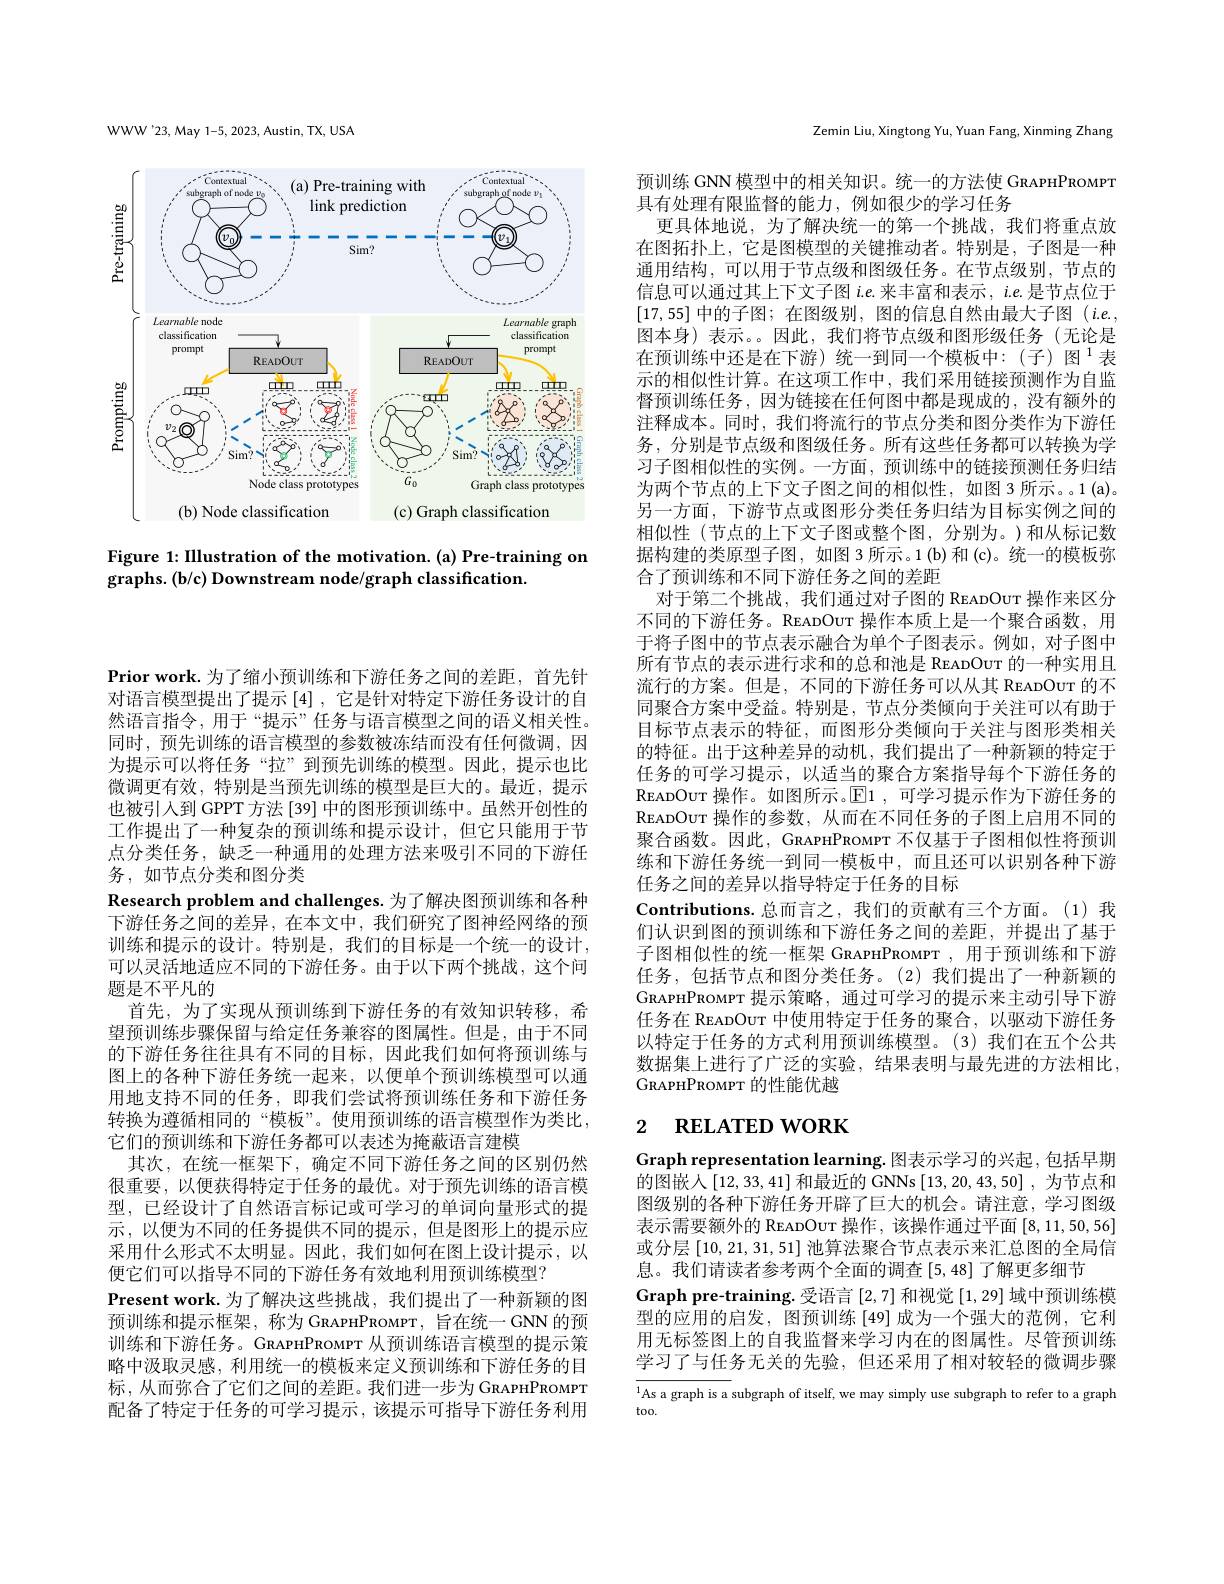
Prior work.为了缩小预训练和下游任务之间的差距，首先针对语言模型提出了提示[4],它是针对特定下游任务设计的自然语言指令，用于“提示”任务与语言模型之间的语义相关性。同时，预先训练的语言模型的参数被冻结而没有任何微调，因为提示可以将任务“拉”到预先训练的模型。因此，提示也比微调更有效，特别是当预先训练的模型是巨大的。最近，提示也被引人到 GPPT 方法 [39] 中的图形预训练中。虽然开创性的工作提出了一种复杂的预训练和提示设计，但它只能用于节点分类任务，缺乏一种通用的处理方法来吸引不同的下游任务，如节点分类和图分类
Research problem and challenges. 为了解决图预训练和各种下游任务之间的差异，在本文中，我们研究了图神经网络的预训练和提示的设计。特别是，我们的目标是一个统一的设计， 可以灵活地适应不同的下游任务。由于以下两个挑战，这个间题是不平凡的
首先，为了实现从预训练到下游任务的有效知识转移，希望预训练步骤保留与给定任务兼容的图属性。但是，由于不同的下游任务往往具有不同的目标，因此我们如何将预训练与图上的各种下游任务统一起来，以便单个预训练模型可以通用地支持不同的任务，即我们尝试将预训练任务和下游任务转换为遵循相同的“模板”。使用预训练的语言模型作为类比， 它们的预训练和下游任务都可以表述为掩蔽语言建模
其次，在统一框架下，确定不同下游任务之间的区别仍然很重要，以便获得特定于任务的最优。对于预先训练的语言模型，已经设计了自然语言标记或可学习的单词向量形式的提示，以便为不同的任务提供不同的提示，但是图形上的提示应采用什么形式不太明显。因此，我们如何在图上设计提示，以便它们可以指导不同的下游任务有效地利用预训练模型？
Present work.为了解决这些挑战，我们提出了一种新颖的图预训练和提示框架，称为 GRAPHPROMPT, 旨在统一 GNN 的预训练和下游任务。GRAPHPROMPT 从预训练语言模型的提示策略中汲取灵感，利用统一的模板来定义预训练和下游任务的目标，从而弥合了它们之间的差距。我们进一步为 GRAPHPROMPT 配备了特定于任务的可学习提示，该提示可指导下游任务利用

WWW'23, May 1-5, 2023, Austin, TX, USA

<FigureHere>

Figure 1: IIlustration of the motivation. (a) Pre-training on
graphs. (b/c) Downstream node/graph classification.

Zemin Liu, Xingtong Yu, Yuan Fang, Xinming Zhang

预训练 GNN 模型中的相关知识。统一的方法使 GRAPHPROMPT
具有处理有限监督的能力，例如很少的学习任务
更具体地说，为了解决统一的第一个挑战，我们将重点放在图拓扑上，它是图模型的关键推动者。特别是，子图是一种通用结构，可以用于节点级和图级任务。在节点级别，节点的信息可以通过其上下文子图$i.e.$来丰富和表示$,i.e.$是节点位于[17,55]中的子图；在图级别，图的信息自然由最大子图$(i.e.$, 图本身)表示。因此，我们将节点级和图形级任务(无论是在预训练中还是在下游)统一到同一个模板中：(子)图$^1$表示的相似性计算。在这项工作中，我们采用链接预测作为自监督预训练任务，因为链接在任何图中都是现成的，没有额外的注释成本。同时，我们将流行的节点分类和图分类作为下游任务，分别是节点级和图级任务。所有这些任务都可以转换为学习子图相似性的实例。一方面，预训练中的链接预测任务归结为两个节点的上下文子图之间的相似性，如图 3 所示。。1 (a)。另一方面，下游节点或图形分类任务归结为目标实例之间的相似性(节点的上下文子图或整个图，分别为。)和从标记数据构建的类原型子图，如图 3 所示。1 (b) 和 (c)。统一的模板弥合了预训练和不同下游任务之间的差距
对于第二个挑战，我们通过对子图的 READOUT 操作来区分不同的下游任务。READOUT 操作本质上是一个聚合函数，用于将子图中的节点表示融合为单个子图表示。例如，对子图中所有节点的表示进行求和的总和池是 READOUT 的一种实用且流行的方案。但是，不同的下游任务可以从其 READOUT 的不同聚合方案中受益。特别是，节点分类倾向于关注可以有助于目标节点表示的特征，而图形分类倾向于关注与图形类相关的特征。出于这种差异的动机，我们提出了一种新颖的特定于任务的可学习提示，以适当的聚合方案指导每个下游任务的READOUT 操作。如图所示。$\mathbb{E}$1 ,可学习提示作为下游任务的READOUT 操作的参数，从而在不同任务的子图上启用不同的聚合函数。因此，GRAPHPROMPT 不仅基于子图相似性将预训练和下游任务统一到同一模板中，而且还可以识别各种下游任务之间的差异以指导特定于任务的目标
Contributions. 总而言之，我们的贡献有三个方面。(1)我们认识到图的预训练和下游任务之间的差距，并提出了基于子图相似性的统一框架 GRAPHPROMPT ,用于预训练和下游任务，包括节点和图分类任务。(2)我们提出了一种新颖的GRAPHPROMPT 提示策略，通过可学习的提示来主动引导下游任务在 READOUT 中使用特定于任务的聚合，以驱动下游任务以特定于任务的方式利用预训练模型。(3)我们在五个公共数据集上进行了广泛的实验，结果表明与最先进的方法相比， GRAPHPROMPT 的性能优越

# 2 $\textbf{RELATED WORK}$

Graph representation learning. 图表示学习的兴起，包括早期的图嵌人[12,33,41] 和最近的 GNNs[13,20,43,50] ,为节点和图级别的各种下游任务开辟了巨大的机会。请注意，学习图级表示需要额外的 READOUT 操作，该操作通过平面[8,11,50,56] 或分层[10,21,31,51]池算法聚合节点表示来汇总图的全局信息。我们请读者参考两个全面的调查[5,48]了解更多细节
Graph pre-training.受语言[2,7]和视觉[1,29]域中预训练模型的应用的启发，图预训练[49]成为一个强大的范例，它利用无标签图上的自我监督来学习内在的图属性。尽管预训练学习了与任务无关的先验，但还采用了相对较轻的微调步骤

${^{1}\text{As a graph is a subgraph of itself, we may simply use subgraph to refer to a graph}}$
too.